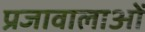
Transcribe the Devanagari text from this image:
प्रजावालाओं